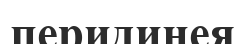
перидинея